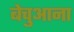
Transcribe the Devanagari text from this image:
बेचुआना